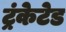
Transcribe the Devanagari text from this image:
ट्रंकेटेड